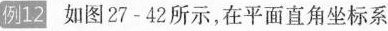
例12 如图27-42所示，在平面直角坐标系